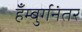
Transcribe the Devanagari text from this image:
हँम्बुर्गनंतर